Indian journal of veterinary science and animal husbandry - Volumes 24-25, 1954-1955
Year: 1954
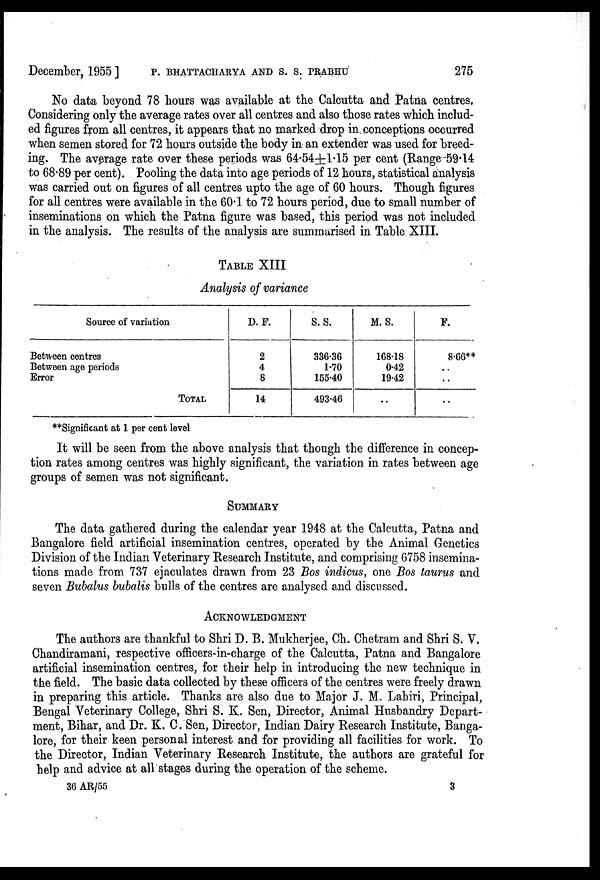
December, 1955 ] P. BHATTACHARYA AND S. S. PRABHU 275
No data beyond 78 hours was available at the Calcutta and Patna centres.
Considering only the average rates over all centres and also those rates which includ-
ed figures from all centres, it appears that no marked drop in conceptions occurred
when semen stored for 72 hours outside the body in an extender was used for breed-
ing. The average rate over these periods was 64.54±1.15 per cent (Range 59.14
to 68.89 per cent). Pooling the data into age periods of 12 hours, statistical analysis
was carried out on figures of all centres upto the age of 60 hours. Though figures
for all centres were available in the 60.1 to 72 hours period, due to small number of
inseminations on which the Patna figure was based, this period was not included
in the analysis. The results of the analysis are summarised in Table XIII.
TABLE XIII
Analysis of variance
Source of variation
Between centres
Between age periods
Error
TOTAL
D. F.
2
4
8
14
S. S.
336.36
1.70
155.40
493.46
M. S.
168.18
0.42
19.42
..
F.
8.66**
..
..
..
**Significant at 1 per cent level
It will be seen from the above analysis that though the difference in concep-
tion rates among centres was highly significant, the variation in rates between age
groups of semen was not significant.
SUMMARY
The data gathered during the calendar year 1948 at the Calcutta, Patna and
Bangalore field artificial insemination centres, operated by the Animal Genetics
Division of the Indian Veterinary Research Institute, and comprising 6758 insemina-
tions made from 737 ejaculates drawn from 23 Bos indicus, one Bos taurus and
seven Bubalus bubalis bulls of the centres are analysed and discussed.
ACKNOWLEDGMENT
The authors are thankful to Shri D. B. Mukherjee, Ch. Chetram and Shri S. V.
Chandiramani, respective officers-in-charge of the Calcutta, Patna and Bangalore
artificial insemination centres, for their help in introducing the new technique in
the field. The basic data collected by these officers of the centres were freely drawn
in preparing this article. Thanks are also due to Major J. M. Lahiri, Principal,
Bengal Veterinary College, Shri S. K. Sen, Director, Animal Husbandry Depart-
ment, Bihar, and Dr. K. C. Sen, Director, Indian Dairy Research Institute, Banga-
lore, for their keen personal interest and for providing all facilities for work. To
the Director, Indian Veterinary Research Institute, the authors are grateful for
help and advice at all stages during the operation of the scheme.
36 AR/55
3